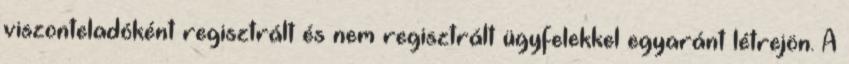
viszonteladóként regisztrált és nem regisztrált ügyfelekkel egyaránt létrejön. A